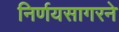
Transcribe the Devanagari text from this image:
निर्णयसागरने